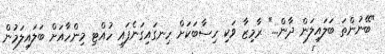
"ބޭނުންތަ ބަލައިލަން ދާން..." ރާމިޒާ ވަކި ހިސާބަކަށް ހިނގައިގަނެފައި ހުއްޓި މިންހާއަށް ބަލައިލަމުން